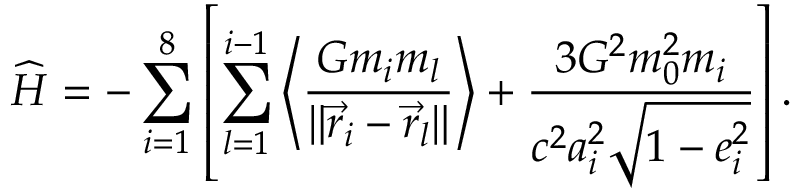
\widehat { H } = - \sum _ { i = 1 } ^ { 8 } \left[ \sum _ { l = 1 } ^ { i - 1 } \left< \frac { G m _ { i } m _ { l } } { \| \vec { r } _ { i } - \vec { r } _ { l } \| } \right> + \frac { 3 G ^ { 2 } m _ { 0 } ^ { 2 } m _ { i } } { c ^ { 2 } a _ { i } ^ { 2 } \sqrt { 1 - e _ { i } ^ { 2 } } } \right] .